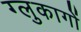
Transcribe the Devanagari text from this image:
ग्लुकागों